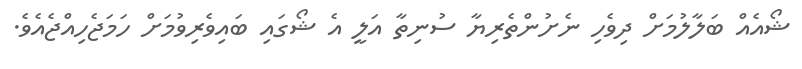
ޝޯއެއް ބަލާލުމަށް ދިވެހި ނެށުންތެރިޔާ ސުނިތާ އަލީ އެ ޝޯގައި ބައިވެރިވުމަށް ހަމަޖެހިއްޖެއެވެ.